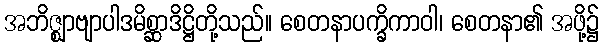
အဘိဇ္ဈာဗျာပါဒမိစ္ဆာဒိဋ္ဌိတို့သည်။ စေတနာပက္ခိကာဝါ၊ စေတနာ၏ အဖို့၌